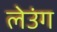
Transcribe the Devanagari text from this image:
लेउंग